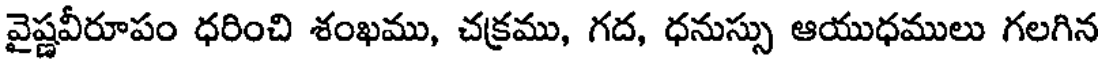
వైష్ణవీరూపం ధరించి శంఖము, చక్రము, గద, ధనుస్సు ఆయుధములు గలగిన